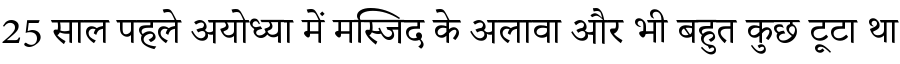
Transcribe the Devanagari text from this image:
25 साल पहले अयोध्या में मस्जिद के अलावा और भी बहुत कुछ टूटा था